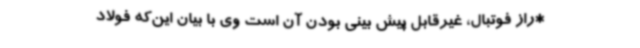
*راز فوتبال، غیرقابل پیش بینی بودن آن است وی با بیان این‌که فولاد